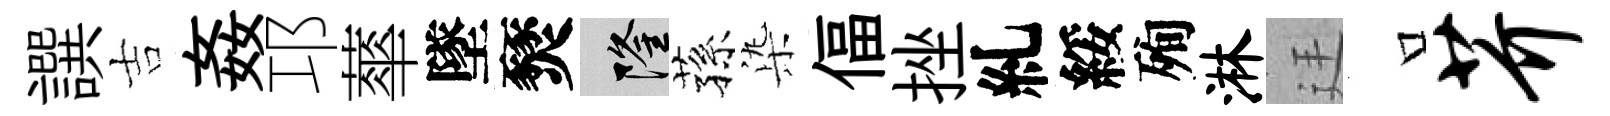
譔吉姦邛蕐墜燹隆蓀𣑱偪挫糺綏殉淋廷口芥